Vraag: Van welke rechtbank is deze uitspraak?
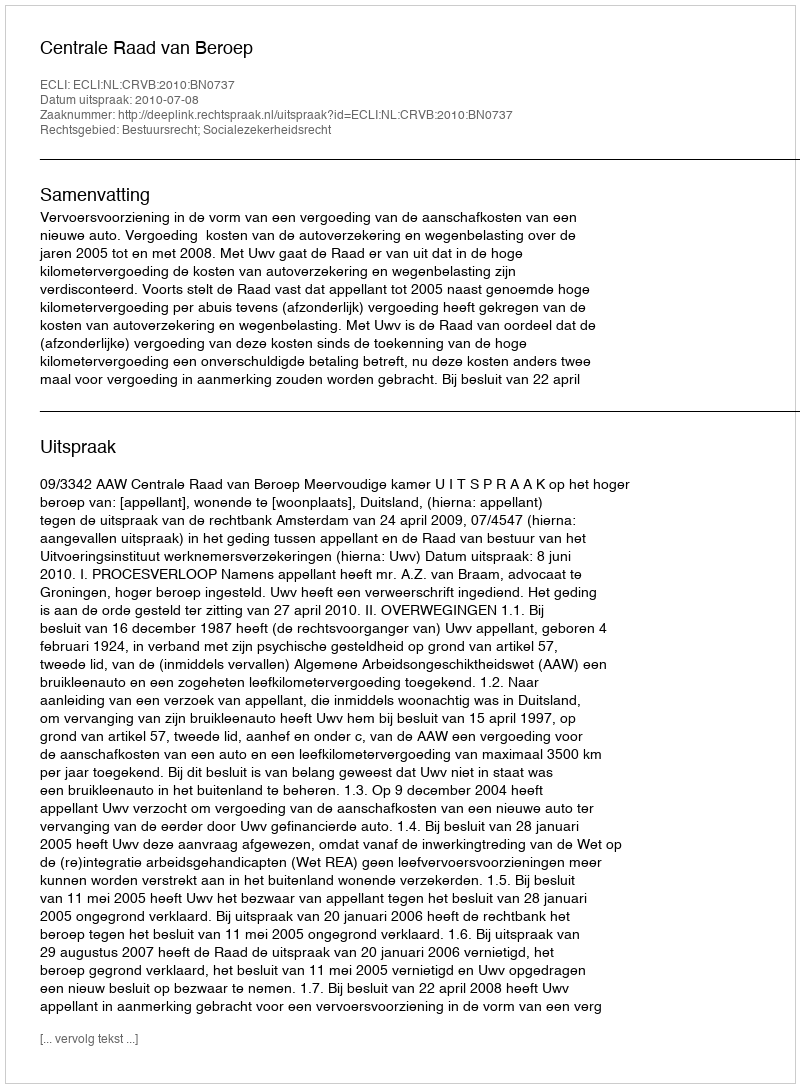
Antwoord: Centrale Raad van Beroep